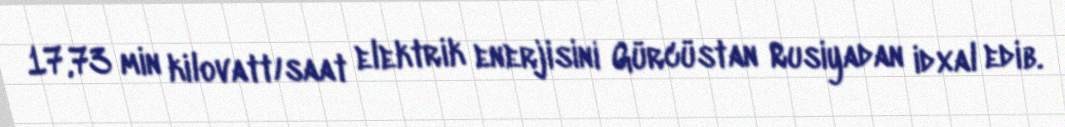
17,73 min kilovatt/saat elektrik enerjisini Gürcüstan Rusiyadan idxal edib.